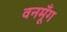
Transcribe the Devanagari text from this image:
वनमूँग